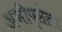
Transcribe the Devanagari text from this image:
अभीप्सेला